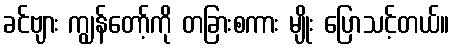
ခင်ဗျား ကျွန်တော့်ကို တခြားစကား မျိုး ပြောသင့်တယ်။